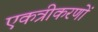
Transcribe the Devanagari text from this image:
एकत्रीकरणों